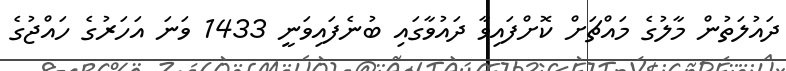
ދައުލަތުން މާލުގެ މައްޗަށް ކޮށްފައިވާ ދައުވާގައި ބުނެފައިވަނީ 1433 ވަނަ އަހަރުގެ ހައްޖުގެ